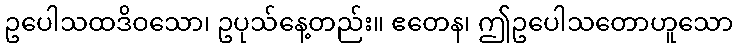
ဥပေါသထဒိဝသော၊ ဥပုသ်နေ့တည်း။ ဧတေန၊ ဤဥပေါသတောဟူသော